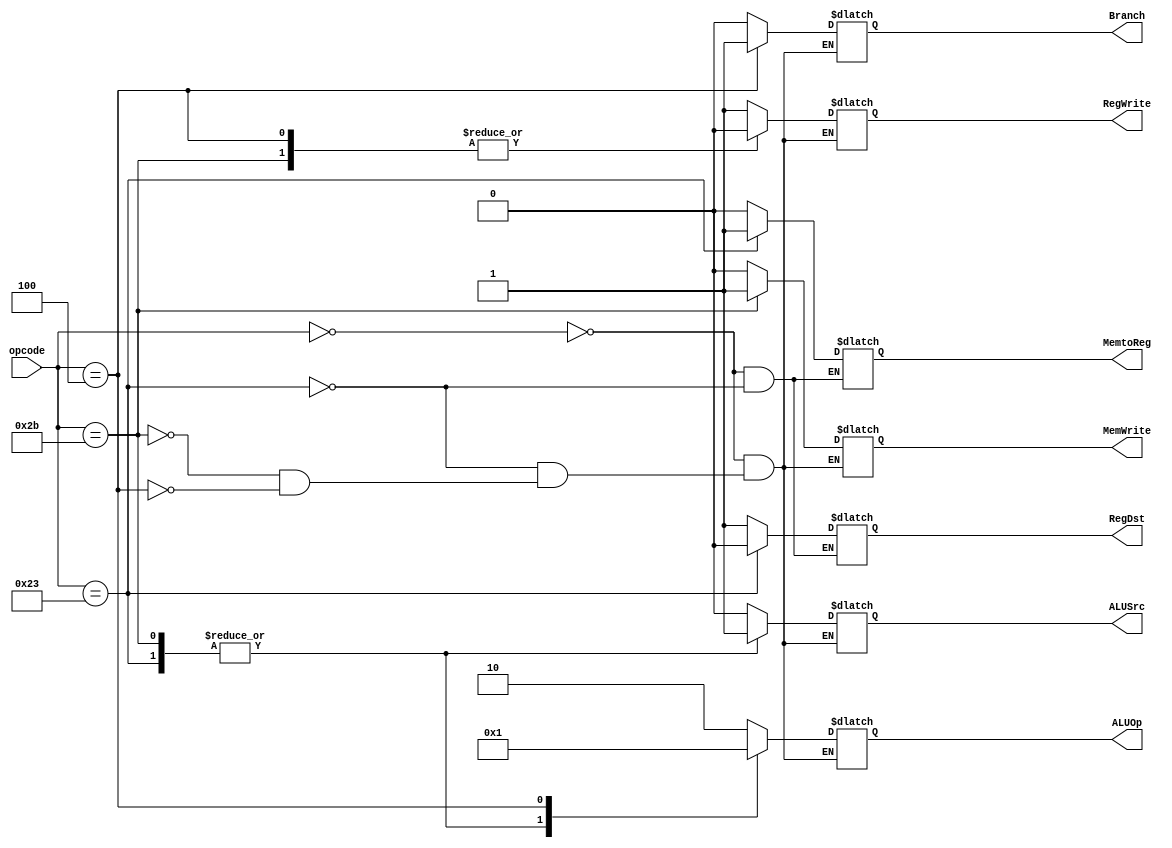
module main_decoder
(
    input [5:0] opcode,
    output reg MemtoReg, MemWrite, Branch, ALUSrc, RegDst, RegWrite,
    output reg [1:0] ALUOp
);
always@ (*) begin
    case (opcode)
        6'h00:begin
            MemtoReg = 0;
            MemWrite = 0;
            Branch = 0;
            ALUSrc= 0;
            RegDst = 1;
            RegWrite = 1;
            
            ALUOp = 2'b10;
        end
        
        6'h23:begin
            MemtoReg = 1;
            MemWrite = 0;
            Branch = 0;
            ALUSrc = 1;
            RegDst = 0;
            RegWrite = 1;
            
            ALUOp = 2'b00;
        end
        
        6'h2B:begin
            MemWrite = 1;
            Branch = 0;
            ALUSrc = 1;
            RegWrite = 0;
            
            ALUOp = 2'b00;
        end
        
        6'h04:begin
            MemWrite = 0;
            Branch = 1;
            ALUSrc = 0;
            RegWrite = 0;
            
            ALUOp = 2'b01;
        end
    endcase
end
endmodule